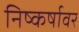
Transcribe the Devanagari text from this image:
निष्कर्षावर